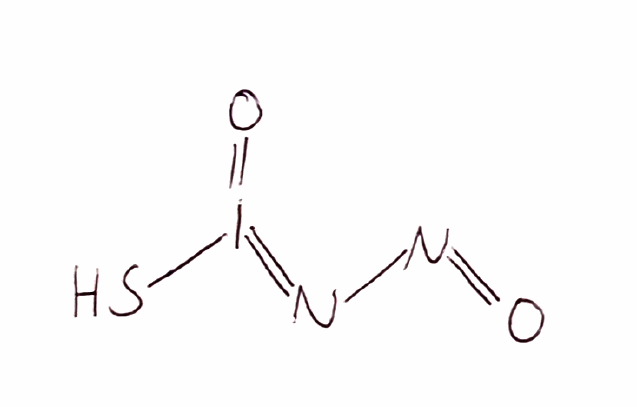
Simplified molecular-input line-entry system (SMILES) notation of the given molecule:
N(=O)N=I(=O)S